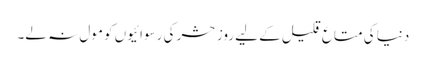
دنیا کی متاعِ قلیل کے لیے روزِ حشر کی رسوائیوں کو مول نہ لے۔